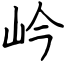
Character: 岒